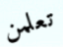
تعلمن